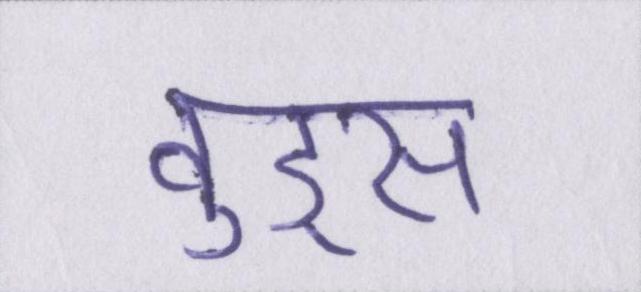
वुड्स